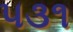
૫૩૧